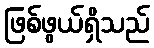
ဖြစ်ဖွယ်ရှိသည်